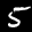
Label: 5